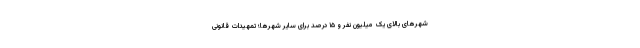
شهرهای بالای یک میلیون نفر و ۱۵ درصد برای سایر شهرها؛ تمهیدات قانونی